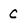
Character: C